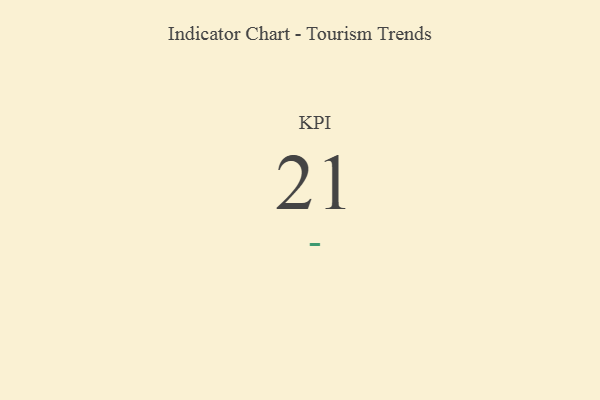
{"axis": {"x": "KPI", "y": "Value"}, "legend": [""], "data": [{"x": "KPI", "y": 21, "type": ""}]}